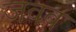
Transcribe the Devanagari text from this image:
जवब